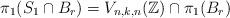
LaTeX: \begin{align*} \pi_{1}(S_{1} \cap B_r) = V_{n, k, n}(\mathbb{Z}) \cap \pi_{1}(B_r)\end{align*}